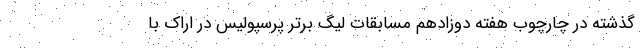
گذشته در چارچوب هفته دوزادهم مسابقات لیگ برتر پرسپولیس در اراک با